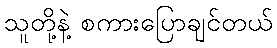
သူတို့နဲ့ စကားပြောချင်တယ်